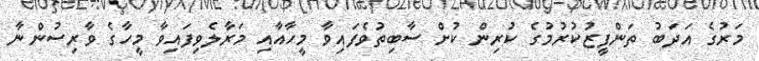
މަރުގެ އަދަބު ތަންފީޒުކުރުމުގެ ކުރިން ކުށް ސާބިތުވެފައިވާ މީހާއާއި މަރާލެވިފައިވާ މީހާގެ ވާރިސުންނާ